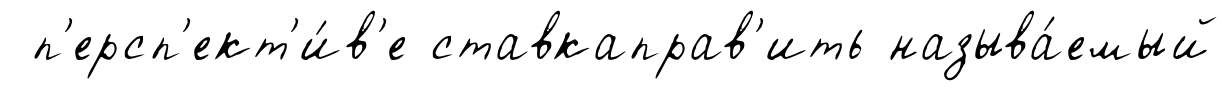
п'ерсп'ект'и́в'е ставкаправ'ить называ́емый